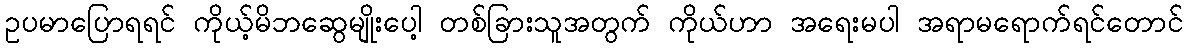
ဥပမာပြောရရင် ကိုယ့်မိဘဆွေမျိုးပေါ့ တစ်ခြားသူအတွက် ကိုယ်ဟာ အရေးမပါ အရာမရောက်ရင်တောင်